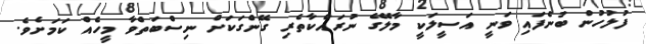
ފުލުހުން ބުނެފައި ވަނީ އަސީލަކީ މާލޭގެ ނުރައްކާތެރި ގޭންގަކަށް ނިސްބަތްވާ މީހެއް ކަމަށެވެ.